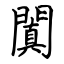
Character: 闐